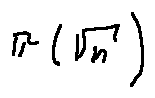
\pi ( \sqrt { n } )